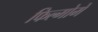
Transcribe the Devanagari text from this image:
फिल्मोमें